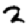
Digit: 2